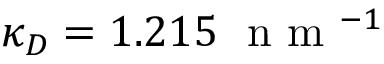
\kappa _ { D } = 1 . 2 1 5 ~ { \textrm { n m } } ^ { - 1 }